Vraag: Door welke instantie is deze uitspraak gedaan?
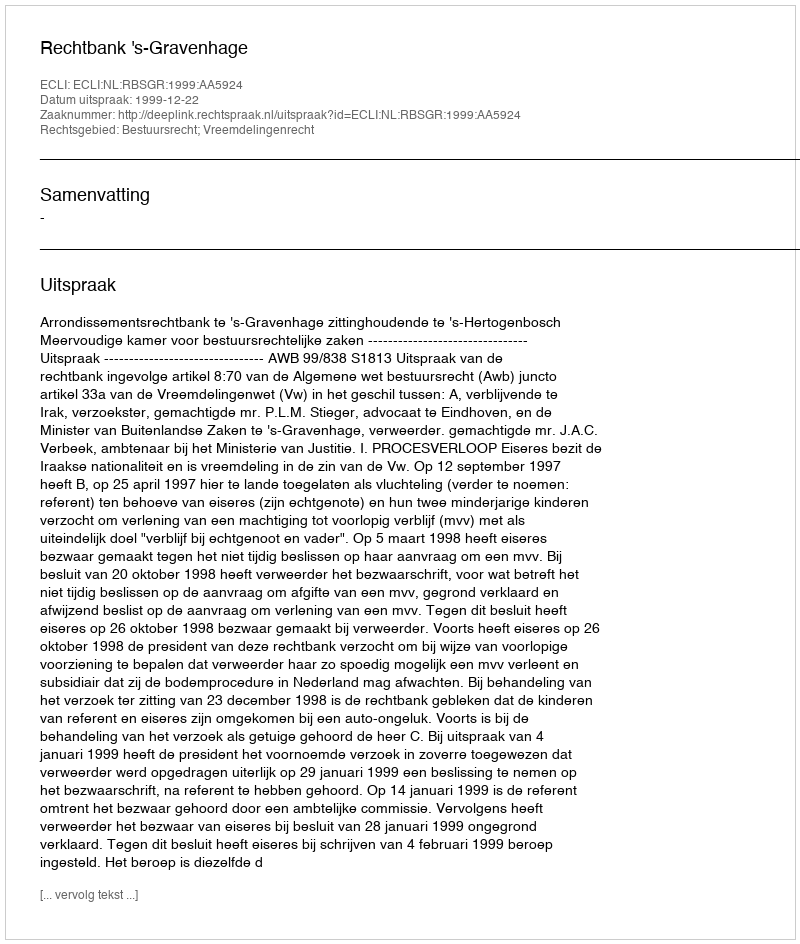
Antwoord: Rechtbank 's-Gravenhage